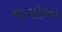
નાગોઆ